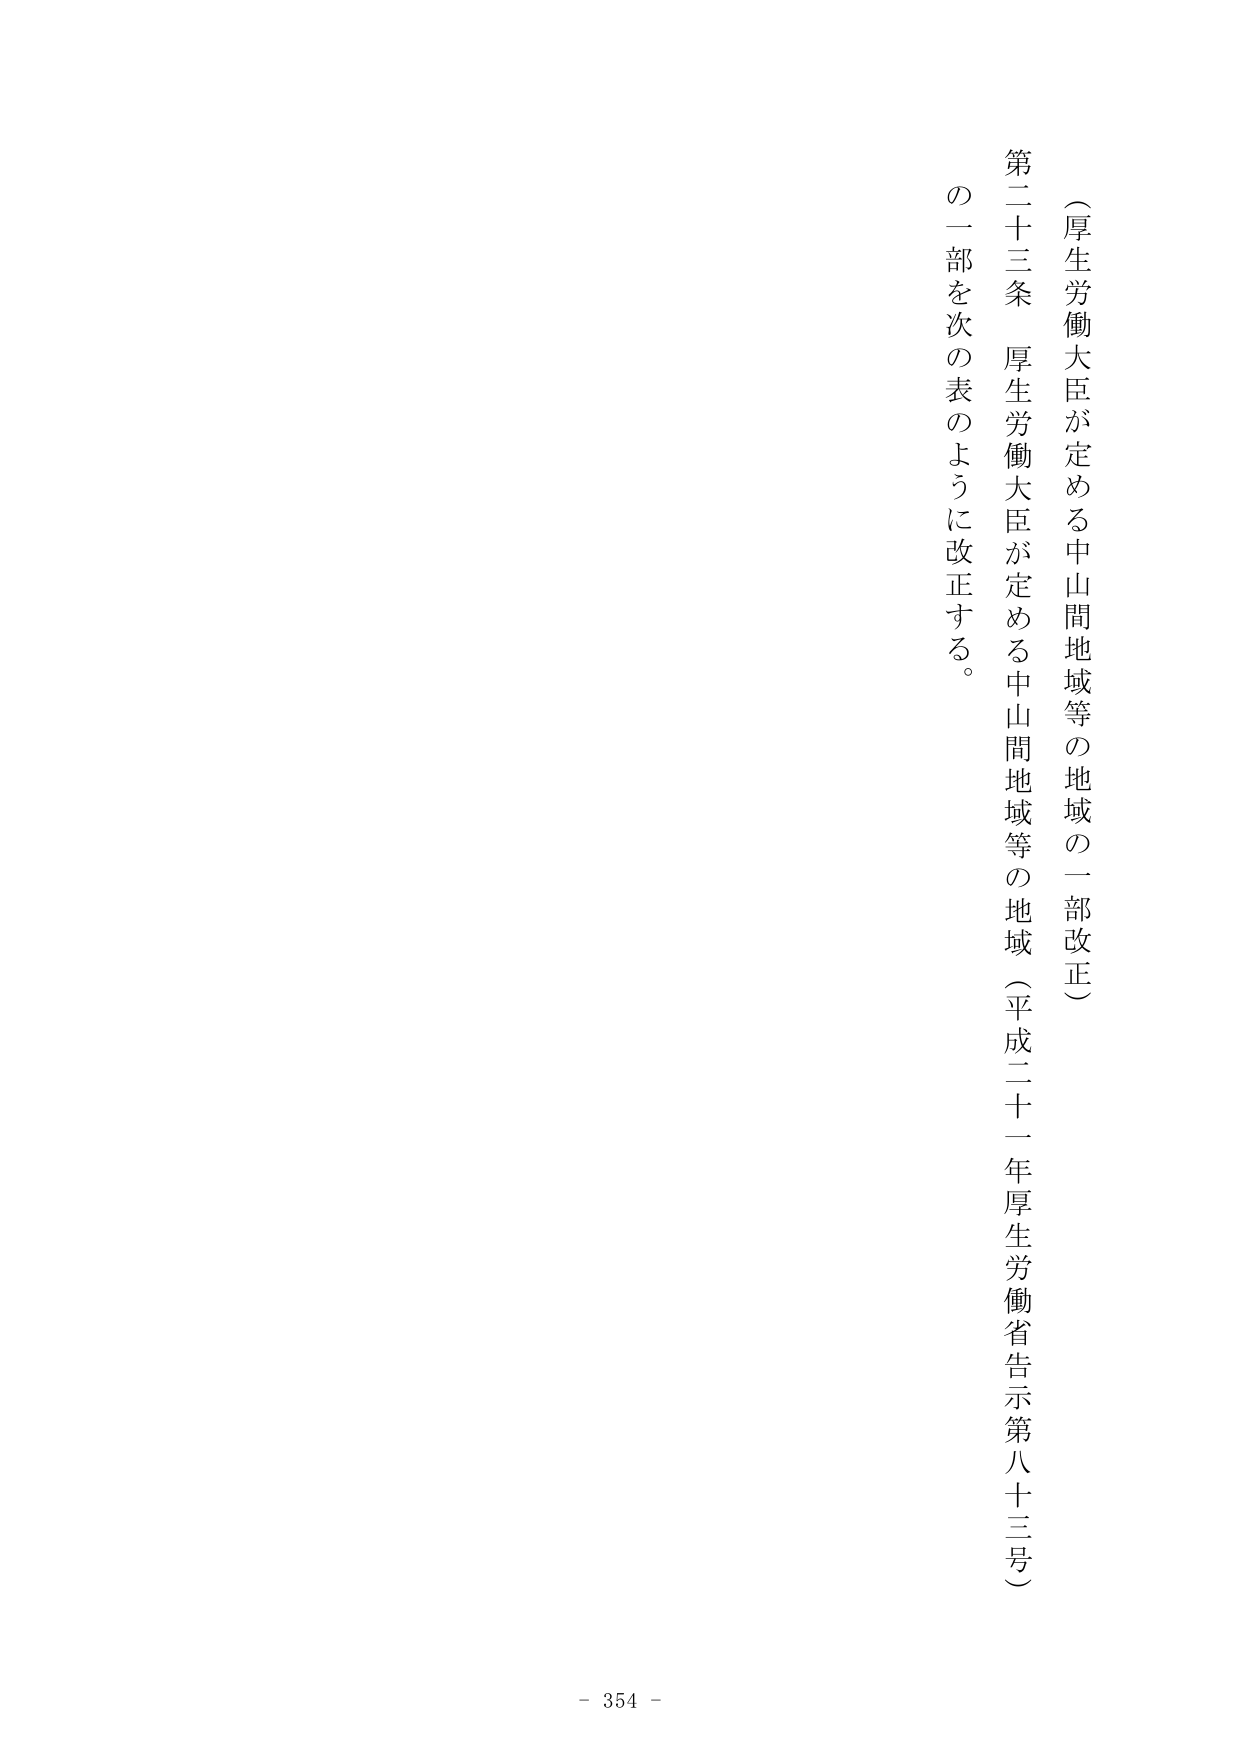
（厚生労働大臣が定める中山間地域等の地域の一部改正）

第二十三条　厚生労働大臣が定める中山間地域等の地域（平成二十一年厚生労働省告示第八十三号）の一部を次の表のように改正する。

- 354 -